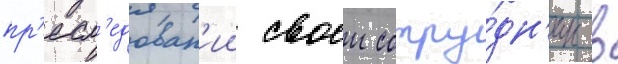
пр'есл'едован'ии своеи сотру́дн'ицы в